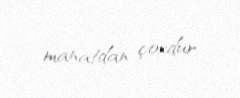
manatdan çoxdur.